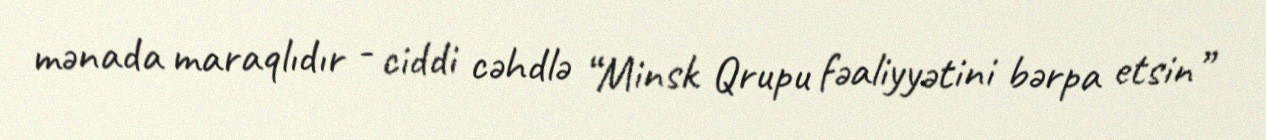
mənada maraqlıdır - ciddi cəhdlə “Minsk Qrupu fəaliyyətini bərpa etsin”